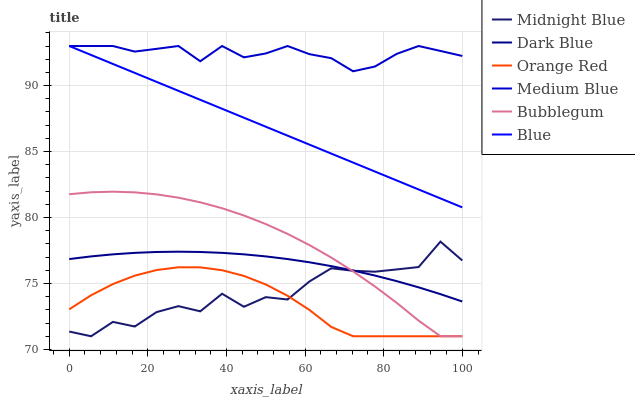
| xaxis_label | Midnight Blue | Dark Blue | Orange Red | Medium Blue | Bubblegum | Blue |
 | --- | --- | --- | --- | --- | --- | --- |
 | 0 | 71.4 | 76.9 | 73 | 93 | 81.8 | 93 |
 | 5.56 | 71 | 77.1 | 74.1 | 93 | 81.9 | 92.3 |
 | 11.1 | 72.1 | 77.2 | 75 | 93 | 82 | 91.6 |
 | 16.7 | 71.7 | 77.3 | 75.6 | 92.6 | 81.9 | 91 |
 | 22.2 | 72.8 | 77.4 | 76 | 92.8 | 81.8 | 90.3 |
 | 27.8 | 73.3 | 77.4 | 76.2 | 93 | 81.5 | 89.6 |
 | 33.3 | 72.9 | 77.4 | 76.2 | 91.8 | 81.2 | 88.9 |
 | 38.9 | 74.2 | 77.3 | 76 | 93 | 80.7 | 88.2 |
 | 44.4 | 73.2 | 77.2 | 75.6 | 92.1 | 80.2 | 87.6 |
 | 50 | 74 | 77.1 | 74.9 | 92.4 | 79.5 | 86.9 |
 | 55.6 | 73.8 | 76.9 | 74.1 | 93 | 78.8 | 86.2 |
 | 61.1 | 75.2 | 76.6 | 73 | 92.4 | 77.9 | 85.5 |
 | 66.7 | 76.2 | 76.3 | 71.7 | 92.1 | 77 | 84.8 |
 | 72.2 | 76 | 76 | 71 | 91.1 | 75.9 | 84.2 |
 | 77.8 | 75.9 | 75.6 | 71 | 91.4 | 74.8 | 83.5 |
 | 83.3 | 76.1 | 75.2 | 71 | 92.4 | 73.5 | 82.8 |
 | 88.9 | 76.2 | 74.7 | 71 | 93 | 72.2 | 82.1 |
 | 94.4 | 78.2 | 74.2 | 71 | 92.6 | 71 | 81.4 |
 | 100 | 76.7 | 73.6 | 71 | 92.2 | 71 | 80.8 |